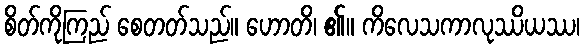
စိတ်ကိုကြည် စေတတ်သည်။ ဟောတိ၊ ၏။ ကိလေသကာလုဿိယဿ၊